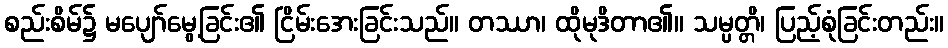
စည်းစိမ်၌ မပျော်မွေ့ခြင်း၏ ငြိမ်းအေးခြင်းသည်။ တဿာ၊ ထိုမုဒိတာ၏။ သမ္ပတ္တိ၊ ပြည့်စုံခြင်းတည်း။